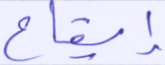
إيقاع